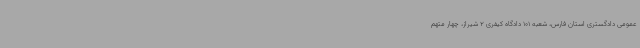
عمومی دادگستری استان فارس، شعبه 101 دادگاه کیفری 2 شیراز، چهار متهم